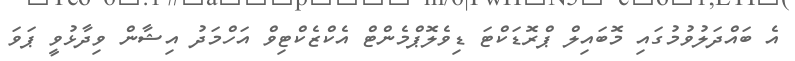
އެ ބައްދަލުވުމުގައި މޮބައިލް ޕްރޮޑަކްޓަ ޑިވެލޮޕްމެންޓް އެކްޒެކްޓިވް އަހްމަދު އިޝާން ވިދާޅުވީ ޕަވަ